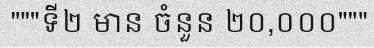
"""ទី២ មាន ចំនួន ២០,០០០"""